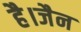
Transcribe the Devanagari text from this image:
है।जैन